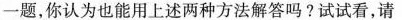
一题，你认为也能用上述两种方法解答吗?试试看，请